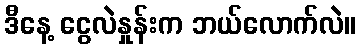
ဒီနေ့ ငွေလဲနှုန်းက ဘယ်လောက်လဲ။